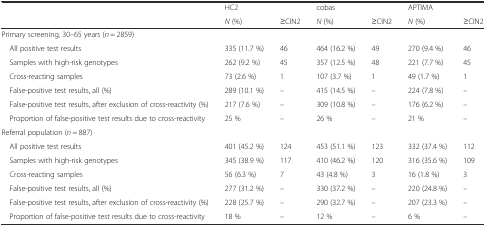
<table><thead><tr><td></td><td><b>HC2</b></td><td></td><td><b>cobas</b></td><td></td><td><b>APTIMA</b></td><td></td></tr><tr><td></td><td><b><i>N</i> (%)</b></td><td><b>≥CIN2</b></td><td><b><i>N</i> (%)</b></td><td><b>≥CIN2</b></td><td><b><i>N</i> (%)</b></td><td><b>≥CIN2</b></td></tr></thead><tbody><tr><td colspan="7">Primary screening, 30–65 years (<i>n</i> = 2859)</td></tr><tr><td> All positive test results</td><td>335 (11.7 %)</td><td>46</td><td>464 (16.2 %)</td><td>49</td><td>270 (9.4 %)</td><td>46</td></tr><tr><td> Samples with high-risk genotypes</td><td>262 (9.2 %)</td><td>45</td><td>357 (12.5 %)</td><td>48</td><td>221 (7.7 %)</td><td>45</td></tr><tr><td> Cross-reacting samples</td><td>73 (2.6 %)</td><td>1</td><td>107 (3.7 %)</td><td>1</td><td>49 (1.7 %)</td><td>1</td></tr><tr><td> False-positive test results, all (%)</td><td>289 (10.1 %)</td><td>–</td><td>415 (14.5 %)</td><td>–</td><td>224 (7.8 %)</td><td>–</td></tr><tr><td> False-positive test results, after exclusion of cross-reactivity (%)</td><td>217 (7.6 %)</td><td>–</td><td>309 (10.8 %)</td><td>–</td><td>176 (6.2 %)</td><td>–</td></tr><tr><td> Proportion of false-positive test results due to cross-reactivity</td><td>25 %</td><td>–</td><td>26 %</td><td>–</td><td>21 %</td><td>–</td></tr><tr><td colspan="7">Referral population (<i>n</i> = 887)</td></tr><tr><td> All positive test results</td><td>401 (45.2 %)</td><td>124</td><td>453 (51.1 %)</td><td>123</td><td>332 (37.4 %)</td><td>112</td></tr><tr><td> Samples with high-risk genotypes</td><td>345 (38.9 %)</td><td>117</td><td>410 (46.2 %)</td><td>120</td><td>316 (35.6 %)</td><td>109</td></tr><tr><td> Cross-reacting samples</td><td>56 (6.3 %)</td><td>7</td><td>43 (4.8 %)</td><td>3</td><td>16 (1.8 %)</td><td>3</td></tr><tr><td> False-positive test results, all (%)</td><td>277 (31.2 %)</td><td>–</td><td>330 (37.2 %)</td><td>–</td><td>220 (24.8 %)</td><td>–</td></tr><tr><td> False-positive test results, after exclusion of cross-reactivity (%)</td><td>228 (25.7 %)</td><td>–</td><td>290 (32.7 %)</td><td>–</td><td>207 (23.3 %)</td><td>–</td></tr><tr><td> Proportion of false-positive test results due to cross-reactivity</td><td>18 %</td><td>–</td><td>12 %</td><td>–</td><td>6 %</td><td>–</td></tr></tbody></table>